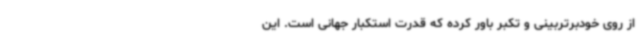
از روی خودبرتربینی و تکبر باور کرده که قدرت استکبار جهانی است. این